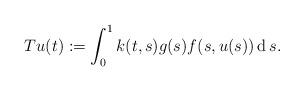
LaTeX: \begin{align*}Tu(t):=\int_{0}^{1} k(t,s)g(s)f(s,u(s))\operatorname{d} s.\end{align*}